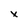
Character: x